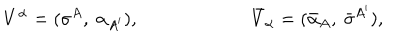
V ^ { \alpha } = ( \sigma ^ { A } , \ \alpha _ { A ^ { \prime } } ) , \qquad \qquad \qquad { \bar { V } } _ { \alpha } = ( { \bar { \alpha } _ { A } } , \ { \bar { \sigma } } ^ { A ^ { \prime } } ) ,